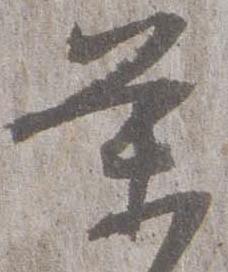
条